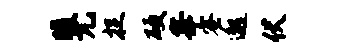
暖兀捉硬峰蜜邈伏